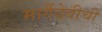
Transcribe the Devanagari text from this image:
मार्गैदेवीची